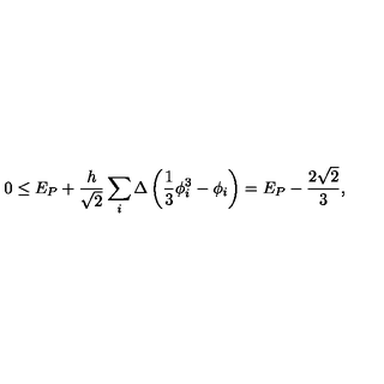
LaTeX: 0 \leq E _ { P } + \frac { h } { \sqrt { 2 } } \sum _ { i } \Delta \left( \frac { 1 } { 3 } \phi _ { i } ^ { 3 } - \phi _ { i } \right) = E _ { P } - \frac { 2 \sqrt { 2 } } { 3 } ,